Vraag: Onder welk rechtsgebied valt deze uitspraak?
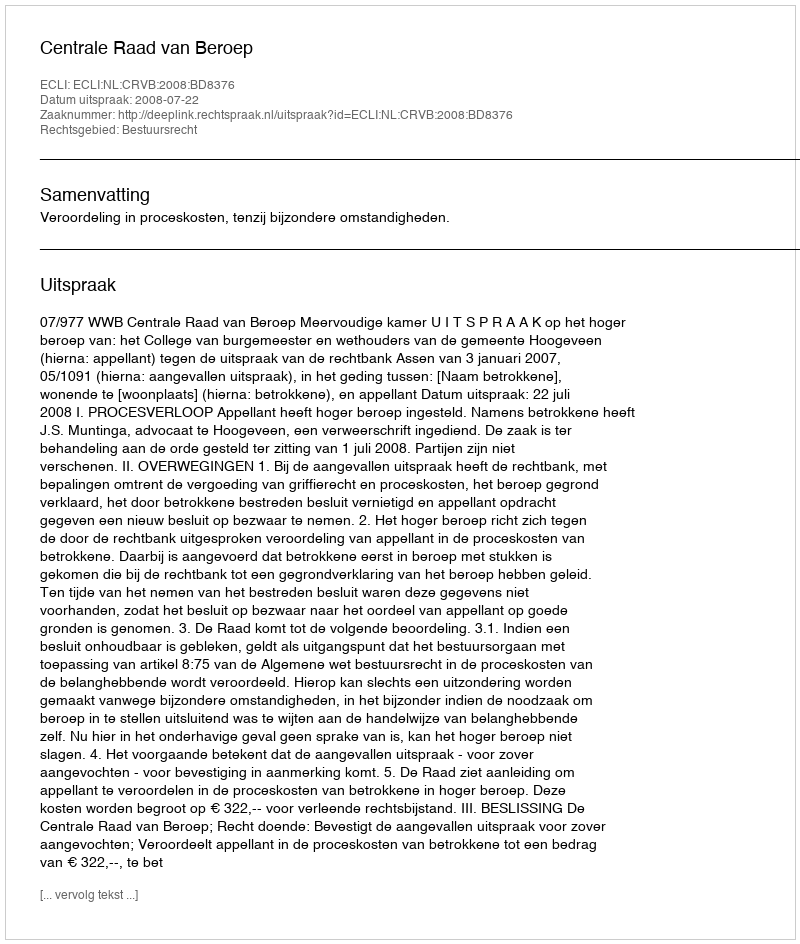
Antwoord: Bestuursrecht